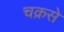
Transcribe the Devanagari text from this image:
चक्रसे